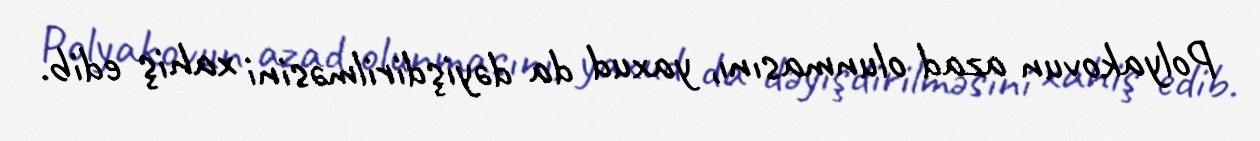
Polyakovun azad olunmasını, yaxud da dəyişdirilməsini xahiş edib.